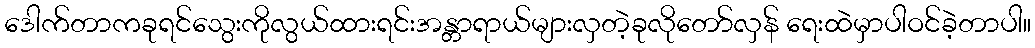
ဒေါက်တာကခုရင်သွေးကိုလွယ်ထားရင်းအန္တာရာယ်များလှတဲ့ခုလိုတော်လှန် ရေးထဲမှာပါဝင်ခဲ့တာပါ။